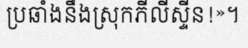
ប្រឆាំងនឹងស្រុកភីលីស្ទីន!»។